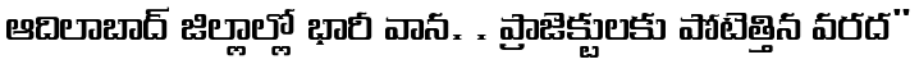
ఆదిలాబాద్ జిల్లాల్లో భారీ వాన. . ప్రాజెక్టులకు పోటెత్తిన వరద"